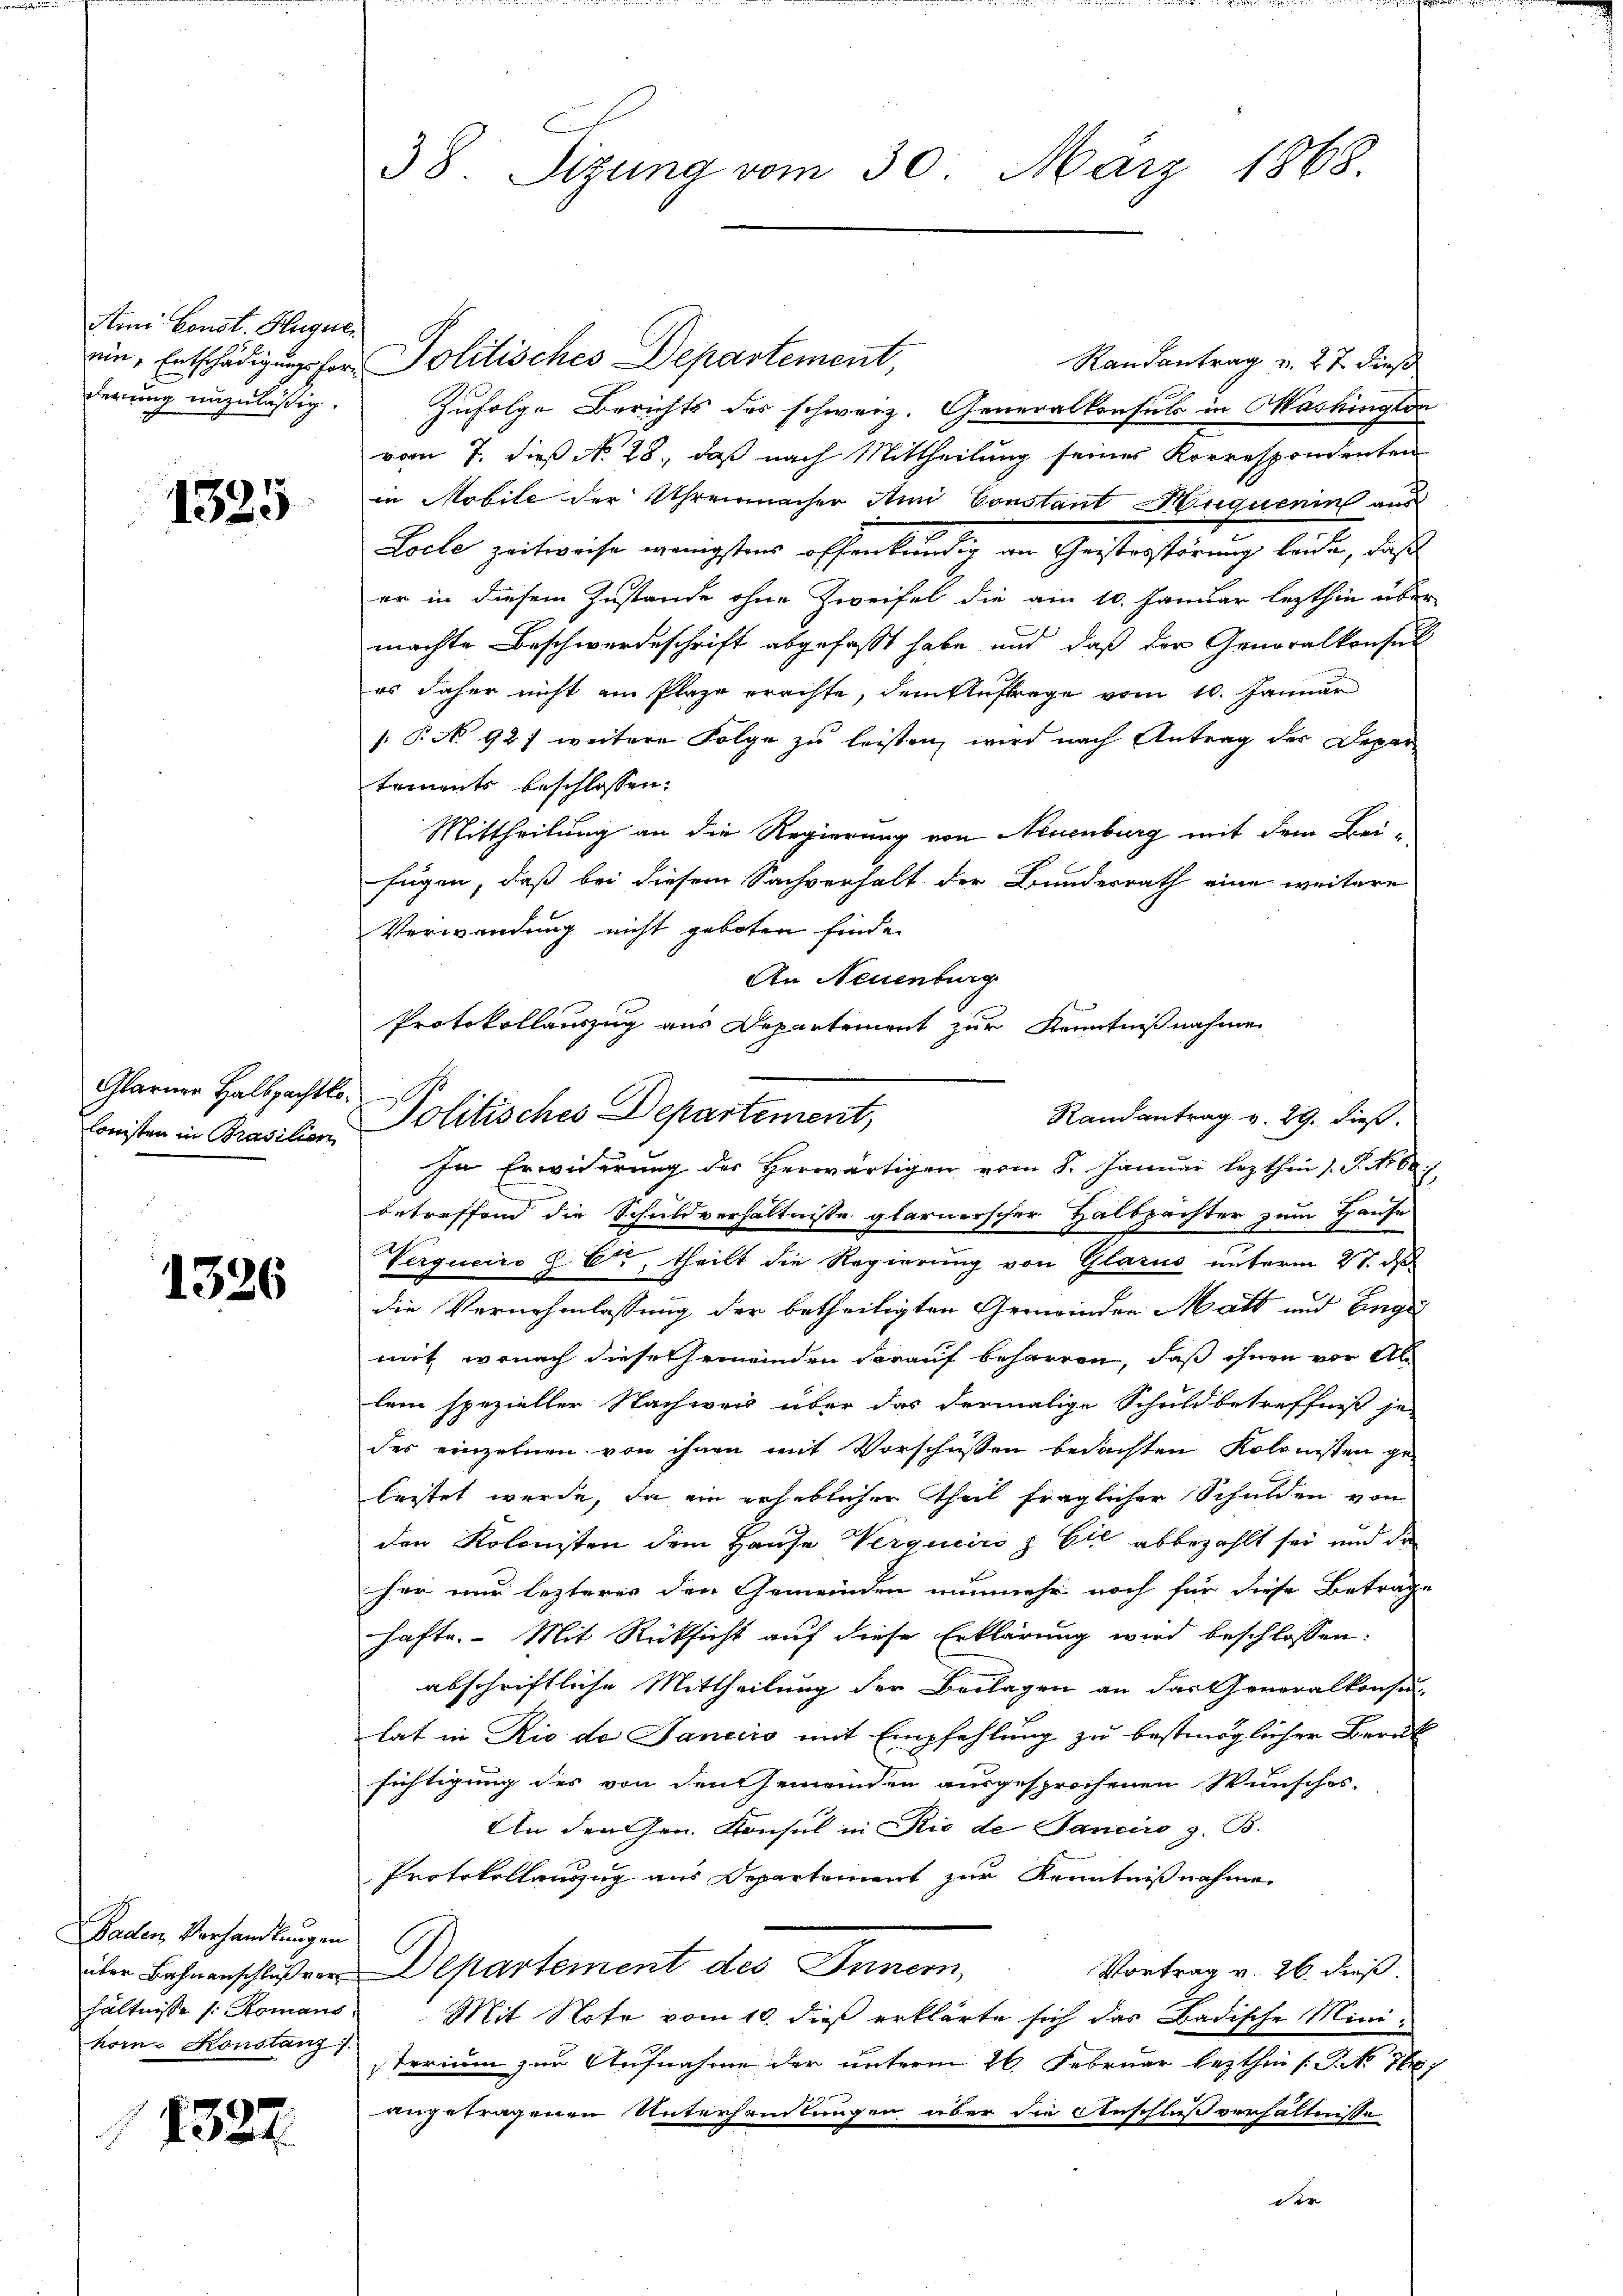
Aini Const. Hugerl.
derung unzuläßig.

1525

Glarure Halbpachtlo
lonisten in Prasilien

1326

Baden Verhandlungen
korne Konstanz

1327

ein, Entschädigung her Politisches Departement,
Randantrag u. 27 dieß
Zufolge Berichts des schweiz. Generalkonsuls in Washington
vom 7. dieß No 28. daß nach Mittheilung seiner Korrespondenten
in Mobile der Uhrenmacher Ami Constant Huquerin aus
Locle zeitweise wenigstens offenkundig an Geisterstörung leiche, daß
er in diesem Zustande ohne Zweifel die am 10. Januar lezthin über
machte Beschwerdeschrift abgefasst habe und daß der Generalkonsul
es daher nicht ein Plaze erachte, dem Auftrage vom 10. Januar
/. P. No 927 weitere Folge zŭ leisten, wird nach Antrag der Depar-
tements beschlossen:
Mittheilung an die Regierung von Neuenburg mit dem Bei-
fügen, daß bei diesem Sachverhalt der Bundesrath eine weitere
Verwendung nicht geboten finde.
An Neuenburg
Protokollauszug aus Departement zur Kenntnißnahme
Randantrag v. 29. dieß.
In Erwiderung des Herwärtigen vom 8. Januar lezthin 1. P. Nr. 68.
betreffend die Schuldverhältnisse glarnerscher Halbpächter zum Hause
Verqueris z. Er, theilt die Regierung von Glarus unterm 27. ds
die Vernehmlassung der betheiligten Gemeinden Matt und Eingel
mit, wonach diese Gemeinden darauf beharren, daß ihnen vor Al
lein spezieller Nachweis über das dermalige Schuldbetreffniß je-
der einzelnen von ihnen mit Vorschüssen bedachten Kolonisten ge-
leitet werde, da ein geheblicher Theil fraglicher Schulden von
den Kolonisten dem Hause Vergucico z Eil abbezahlt sei und die
her nur lezteres den Gemeinden nunmehr noch für diese Betrage
hafte. Mit Rücksicht auf diese Erklärung wird beschlossen:
abschriftliche Mittheilung der Beilagen an das Generalkonsen-
lat in Rio de Janeiro mit Empfehlung zu bestmöglicher Berük
sichtigung des von den Gemeinden ausgesprochenen Wunsches-
An den Gen. Konsul in Rio de Janeiro z. B.
Protokollanzug aus Departement zur Kenntnißnahme
über Bahnanschlußrer Departement des Innern,
Vortrag v. 26. dieß.
hältnisse (: Romans. Mit Note vom 10. dieß erklärte sich das Badische Ministerium zur Aufnahme der unterm 26. Februar lezthin /: P. No 76
angetragenem Unterhandlungen über die Anschluß verhältnisse
der

38. Sizung vom 30. März 1868.

Politisches Departement,